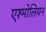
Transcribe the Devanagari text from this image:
एश्मोलियन